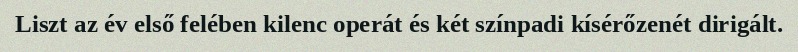
Liszt az év első felében kilenc operát és két színpadi kísérőzenét dirigált.